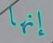
إنها